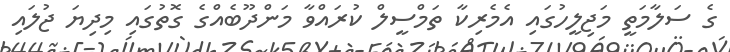
ގެ ސަލާމަތީ މަޖިލީހުގައި އެމެރިކާ ތަމްސީލް ކުރައްވާ މަންދޫބެއްގެ ގޮތުގައި މިދިޔަ ޖުލައި